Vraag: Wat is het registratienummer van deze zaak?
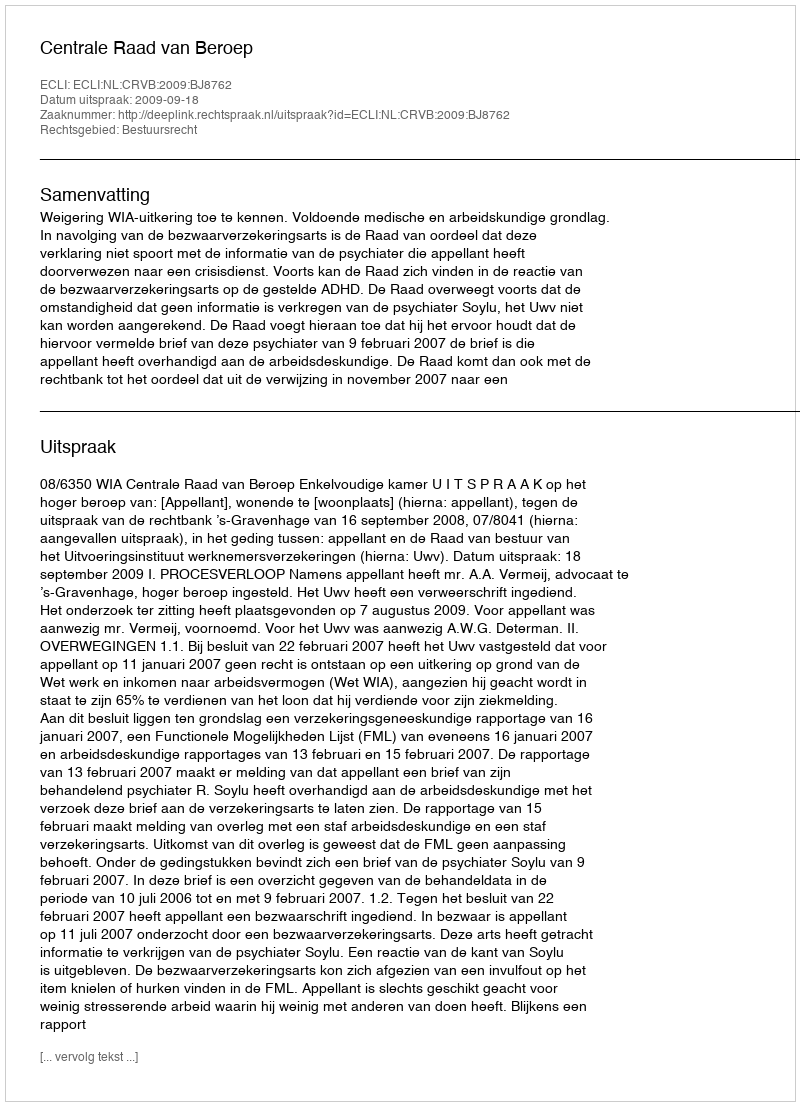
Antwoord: http://deeplink.rechtspraak.nl/uitspraak?id=ECLI:NL:CRVB:2009:BJ8762